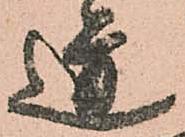
道